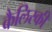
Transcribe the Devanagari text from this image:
कैलिस्की